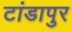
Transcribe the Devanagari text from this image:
टांडापुर